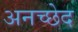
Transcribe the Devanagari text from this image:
अनच्छेद